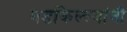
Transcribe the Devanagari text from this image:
गडकिल्ल्यांनी